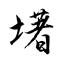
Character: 墸